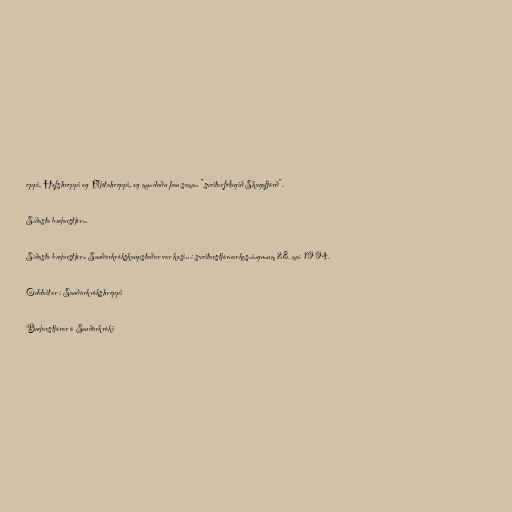
eppi, Hofshreppi og Fljótahreppi, og mynduðu þau saman "sveitarfélagið Skagafjörð".

Síðasta bæjarstjórn.

Síðasta bæjarstjórn Sauðárkrókskaupstaðar var kosin í sveitarstjórnarkosningunum 28. maí 1994.

Oddvitar í Sauðárkrókshreppi

Bæjarstjórar á Sauðárkróki